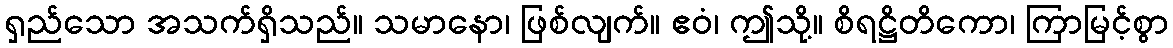
ရှည်သော အသက်ရှိသည်။ သမာနော၊ ဖြစ်လျက်။ ဧဝံ၊ ဤသို့။ စိရဋ္ဌိတိကော၊ ကြာမြင့်စွာ